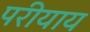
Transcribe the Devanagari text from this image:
परीयाय